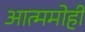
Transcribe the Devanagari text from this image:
आत्ममोही